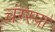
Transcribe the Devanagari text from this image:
चंग्स्पा